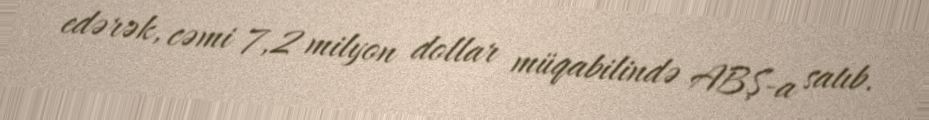
edərək, cəmi 7,2 milyon dollar müqabilində ABŞ-a satıb.